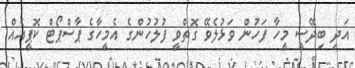
އަދި ބިދޭސީ މީހާ ފަހުން ވަޅުލެވޭ ގޮތްވީ ފުލުހުންގެ އެމީހާގެ ޕާސްޕޯޓް ކޮޕީއެއް